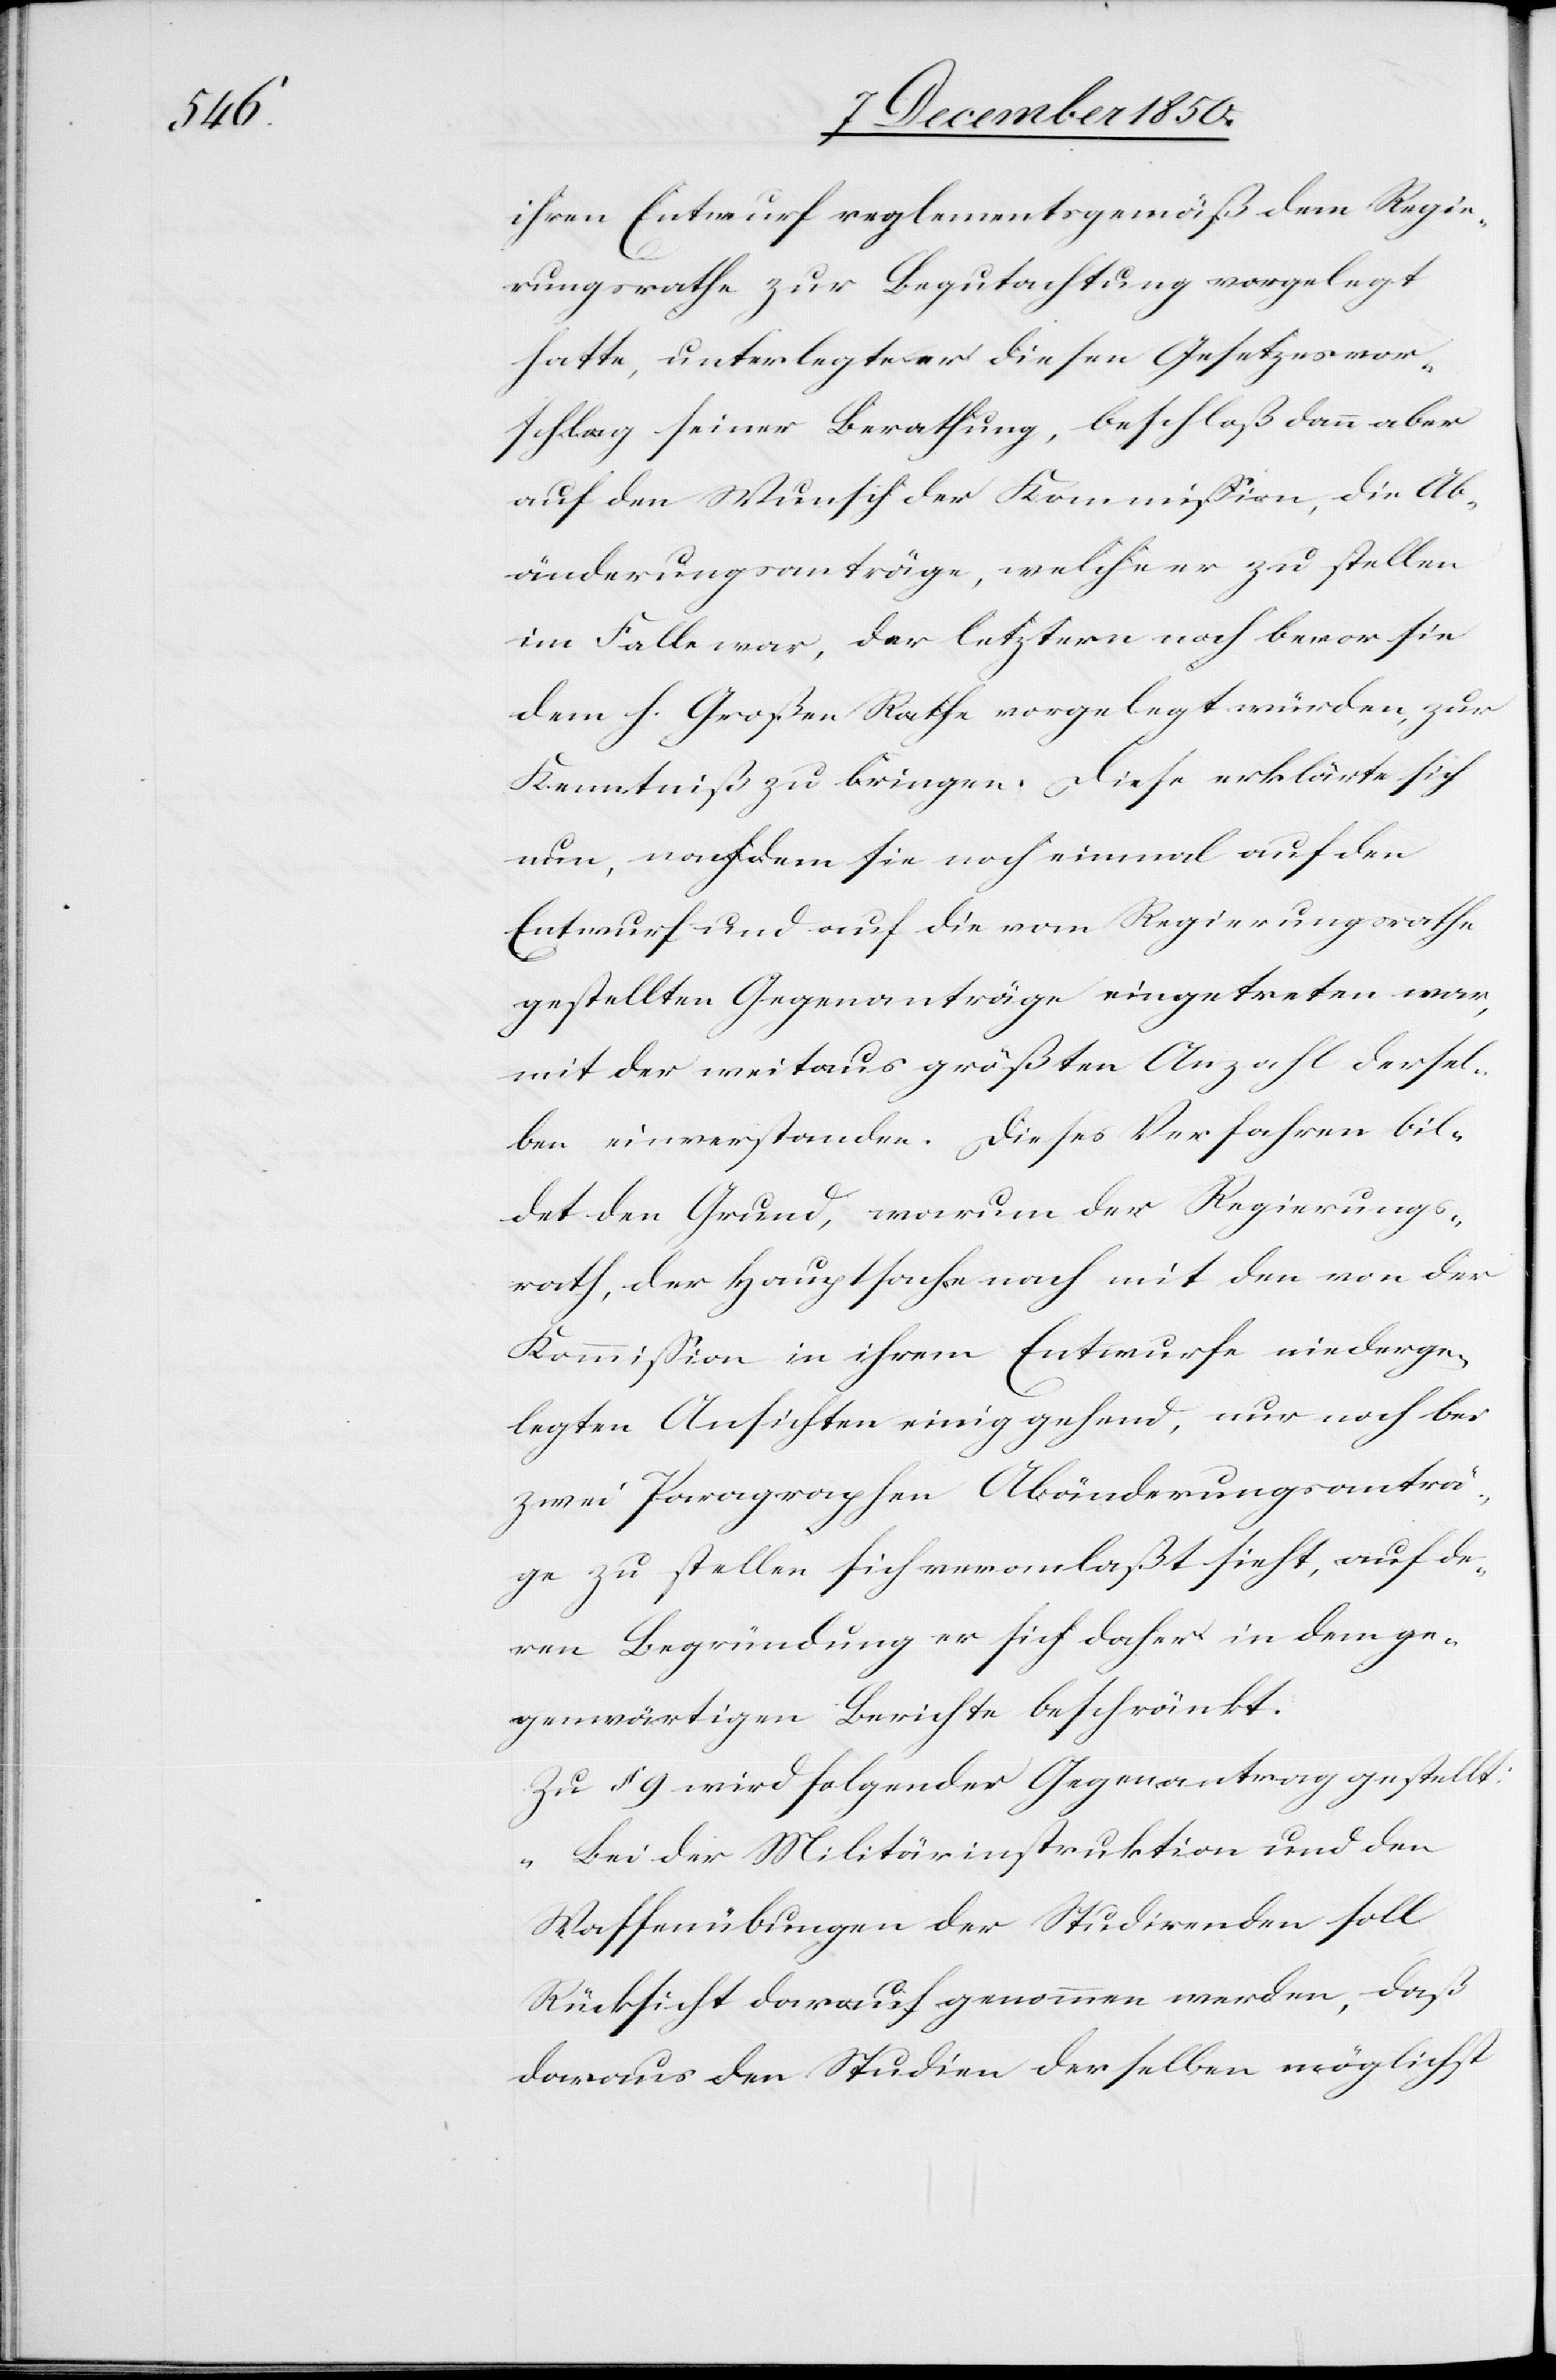
ihren Entwurf reglementsgemäß dem Regie¬
rungsrathe zur Begutachtung vorgelegt
hatte, unterlegte er diesen Gesetzesvor¬
schlag seiner Berathung, beschloß dann aber
auf den Wunsch der Kommission, die Ab¬
änderungsanträge, welche er zu stellen
im Falle war, der letztern noch bevor sie
dem h. Großen Rathe vorgelegt würden, zur
Kenntniß zu bringen. Diese erklärte sich
nun, nachdem sie noch einmal auf den
Entwurf und auf die vom Regierungsrathe
gestellten Gegenanträge eingetreten war,
mit der weitaus größten Anzahl dersel¬
ben einverstanden. Dieses Verfahren bil¬
det den Grund, warum der Regierungs¬
rath, der Hauptsache nach mit den von der
Kommission in ihrem Entwurfe niederge¬
legten Ansichten einiggehend, nur noch bei
zwei Paragraphen Abänderungsanträ¬
ge zu stellen sich veranlaßt sieht, auf de¬
ren Begründung er sich daher in dem ge¬
genwärtigen Berichte beschränkt.
Zu § 9 wird folgender Gegenantrag gestellt:
„Bei der Militärinstruktion und den
Waffenübungen der Studirenden soll
Rücksicht darauf genommen werden, daß
daraus den Studien derselben möglichst